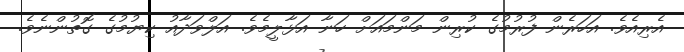
އެރިއެވެ. އަހަރެން ފުރުމުގެ ކުރިން މަންމައަށް ހަނާ އަޅާލީމެވެ. އަލްވަދާއު ކިޔުމުގެ ގޮތުންނެވެ.